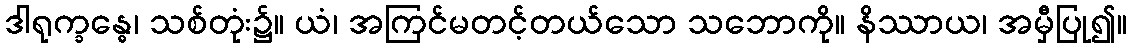
ဒါရုက္ခန္ဓေ၊ သစ်တုံး၌။ ယံ၊ အကြင်မတင့်တယ်သော သဘောကို။ နိဿာယ၊ အမှီပြု၍။